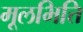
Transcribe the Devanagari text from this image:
मूलभित्ति